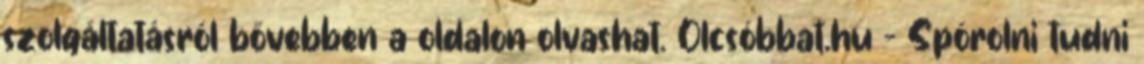
szolgáltatásról bővebben a oldalon olvashat. Olcsóbbat.hu – Spórolni tudni